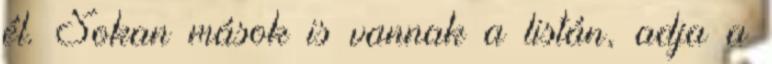
él. Sokan mások is vannak a listán, adja a